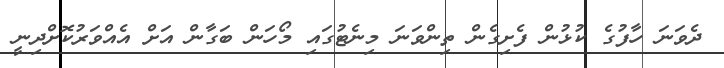
ދެވަނަ ހާފުގެ ކުޅުން ފެށިގެން ތިންވަނަ މިނެޓުގައި މޯހަން ބަގާން އަށް އެއްވަރުކޮށްދިނީ